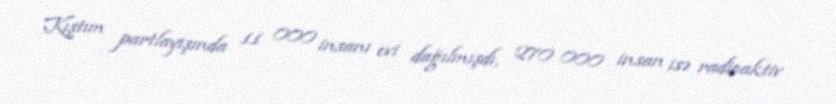
Kıştım partlayışında 11 000 insanı evi dağılmışdı, 270 000 insan isə radioaktiv